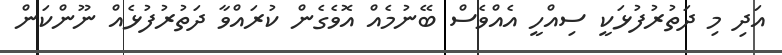
އަދި މި ދަތުރުފުޅަކީ ސިއްހީ އެއްވެސް ބޭނުމެއް އޮވެގެން ކުރައްވާ ދަތުރުފުޅެއް ނޫންކަން